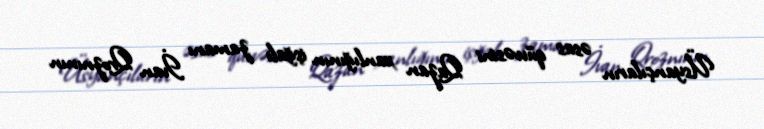
Üsyançıların əsas qüvvəsini Qazan xanlığının işğalı zamanı İvan Qroznının